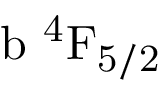
\mathrm { b \ ^ { 4 } F _ { 5 / 2 } }